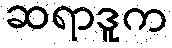
ဆရာဒူက